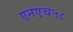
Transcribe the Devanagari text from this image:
एनएच५८